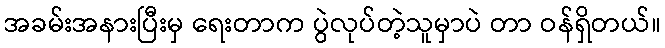
အခမ်းအနားပြီးမှ ရေးတာက ပွဲလုပ်တဲ့သူမှာပဲ တာ ဝန်ရှိတယ်။